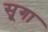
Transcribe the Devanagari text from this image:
सूगा